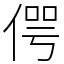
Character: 偔